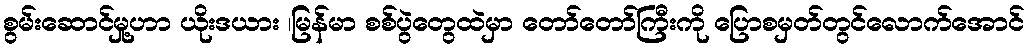
စွမ်းဆောင်မှု့ဟာ ယိုးဒယား ၊မြန်မာ စစ်ပွဲတွေထဲမှာ တော်တော်ကြီးကို ပြောစမှတ်တွင်လောက်အောင်